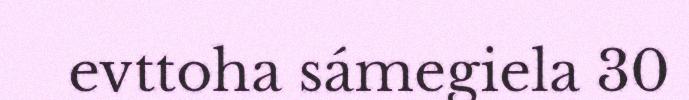
evttoha sámegiela 30